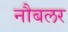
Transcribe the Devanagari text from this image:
नौबलर